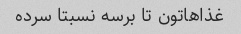
غذاهاتون تا برسه نسبتا سرده